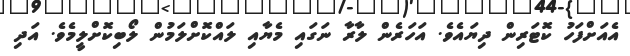
އެއަށްފަހު ކޮޓަރިން ދިޔައެވެ. އަހަރެން ލާރާ ނަގައި މެޔާއި ލައްކޮށްލަމުން ލޯބިކޮށްލީމެވެ. އަދި